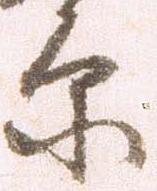
原